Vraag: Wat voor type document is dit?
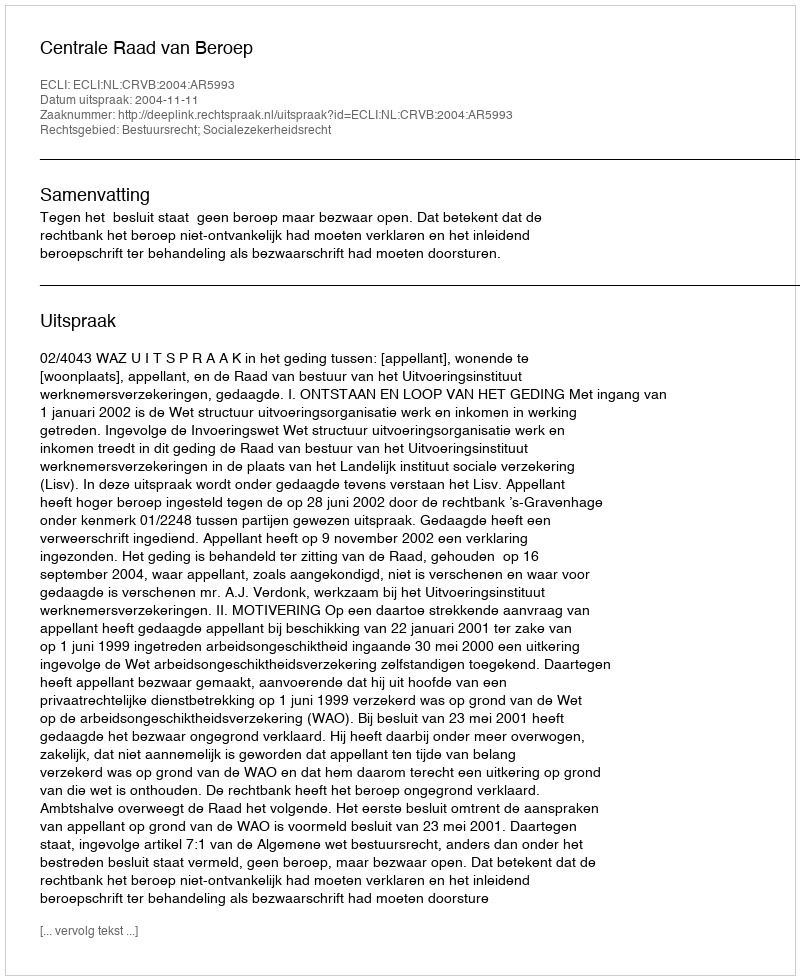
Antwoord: Uitspraak